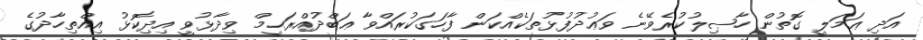
އަދި ޢަމަލީ ގޮތުން ހާޞިލުކުރެވޭނެ ވަޢުދުފުޅުތަކެއްކަން ފާހަގަކުރައްވާ ޢަބްދުއްރަޙީމް ވިދާޅުވީ އިދިކޮޅު އިއްތިހާދުގެ